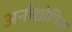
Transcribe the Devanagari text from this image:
अनौद्योगिक